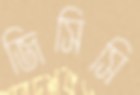
জিসিসি